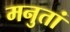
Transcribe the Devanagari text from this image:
मनुतां